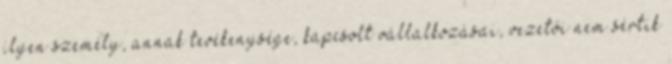
ilyen személy, annak tevékenysége, kapcsolt vállalkozásai, vezetői nem sértik